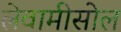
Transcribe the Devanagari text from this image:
लेवामीसोल